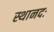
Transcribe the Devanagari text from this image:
स्थानदः